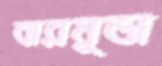
বারমুডা